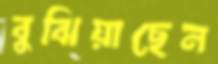
বুঝিয়াছেন